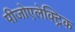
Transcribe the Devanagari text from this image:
पीजोएलेक्ट्रिक